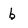
Character: b